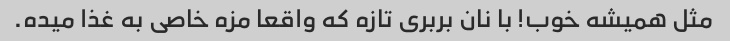
مثل همیشه خوب! با نان بربری تازه که واقعا مزه خاصی به غذا میده.